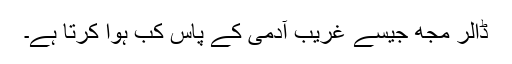
ڈالر مجھ جیسے غریب آدمی کے پاس کب ہوا کرتا ہے۔